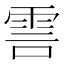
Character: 𮦊